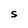
Character: S